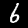
Digit: 6